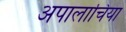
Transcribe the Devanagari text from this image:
अपालाचिया